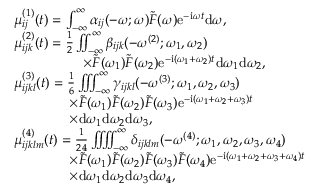
\begin{array} { r l } & { \mu _ { i j } ^ { ( 1 ) } ( t ) = \int _ { - \infty } ^ { \infty } \alpha _ { i j } ( - \omega ; \omega ) \tilde { F } ( \omega ) \mathrm { e } ^ { - \mathrm { i } \omega t } \mathrm { d } \omega , } \\ & { \mu _ { i j k } ^ { ( 2 ) } ( t ) = \frac { 1 } { 2 } \iint _ { - \infty } ^ { \infty } \beta _ { i j k } ( - \omega ^ { ( 2 ) } ; \omega _ { 1 } , \omega _ { 2 } ) } \\ & { \qquad \qquad \quad \times \tilde { F } ( \omega _ { 1 } ) \tilde { F } ( \omega _ { 2 } ) \mathrm { e } ^ { - \mathrm { i } ( \omega _ { 1 } + \omega _ { 2 } ) t } \mathrm { d } \omega _ { 1 } \mathrm { d } \omega _ { 2 } , } \\ & { \mu _ { i j k l } ^ { ( 3 ) } ( t ) = \frac { 1 } { 6 } \iint \! \! \! \int _ { - \infty } ^ { \infty } \gamma _ { i j k l } ( - \omega ^ { ( 3 ) } ; \omega _ { 1 } , \omega _ { 2 } , \omega _ { 3 } ) } \\ & { \qquad \qquad \times \tilde { F } ( \omega _ { 1 } ) \tilde { F } ( \omega _ { 2 } ) \tilde { F } ( \omega _ { 3 } ) \mathrm { e } ^ { - \mathrm { i } ( \omega _ { 1 } + \omega _ { 2 } + \omega _ { 3 } ) t } } \\ & { \qquad \qquad \times \mathrm { d } \omega _ { 1 } \mathrm { d } \omega _ { 2 } \mathrm { d } \omega _ { 3 } , } \\ & { \mu _ { i j k l m } ^ { ( 4 ) } ( t ) = \frac { 1 } { 2 4 } \iint \! \! \! \iint _ { - \infty } ^ { \infty } \delta _ { i j k l m } ( - \omega ^ { ( 4 ) } ; \omega _ { 1 } , \omega _ { 2 } , \omega _ { 3 } , \omega _ { 4 } ) } \\ & { \qquad \qquad \times \tilde { F } ( \omega _ { 1 } ) \tilde { F } ( \omega _ { 2 } ) \tilde { F } ( \omega _ { 3 } ) \tilde { F } ( \omega _ { 4 } ) \mathrm { e } ^ { - \mathrm { i } ( \omega _ { 1 } + \omega _ { 2 } + \omega _ { 3 } + \omega _ { 4 } ) t } } \\ & { \qquad \qquad \times \mathrm { d } \omega _ { 1 } \mathrm { d } \omega _ { 2 } \mathrm { d } \omega _ { 3 } \mathrm { d } \omega _ { 4 } , } \end{array}